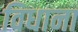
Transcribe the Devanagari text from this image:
विधाना